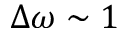
\Delta \omega \sim 1